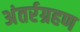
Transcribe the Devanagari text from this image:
अंतर्रग्रहण